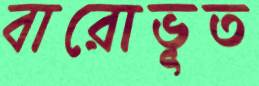
বারোভূত